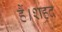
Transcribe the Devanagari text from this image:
हैं।शहद